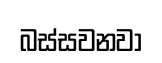
බස්සවනවා